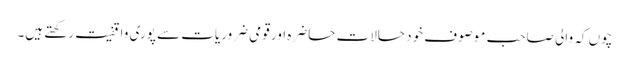
چوں کہ والی صاحب موصوف خود حالاتِ حاضرہ اور قومی ضروریات سے پوری واقفیت رکھتے ہیں۔